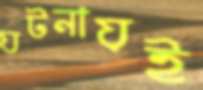
ঘটনায়ই